Tezpur Lunatic Asylum reports 1895-1904 - 1895-1904
Year: 1895
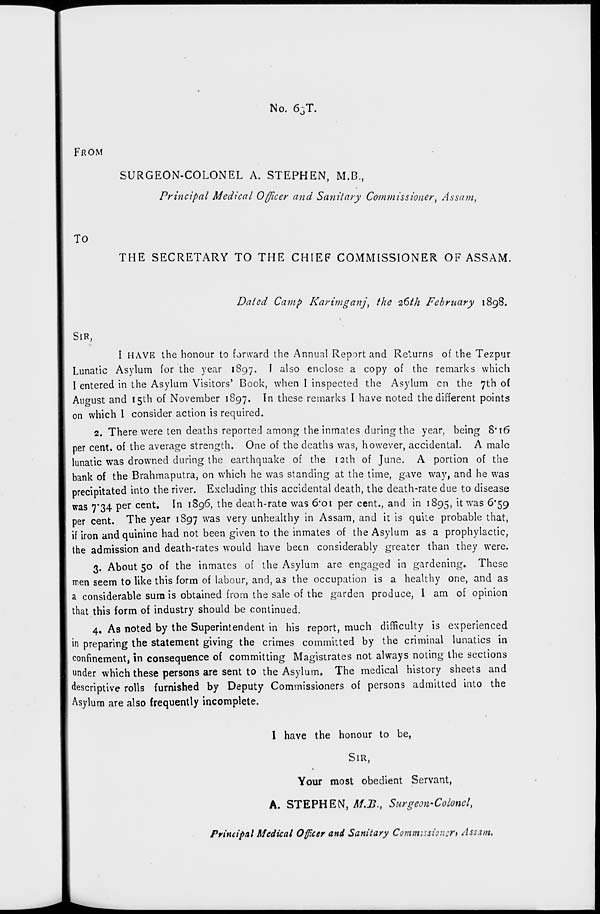
No. 63T.
FROM
To
SURGEON-COLONEL A. STEPHEN, M.B.,
Principal Medical Officer and Sanitary Commissioner, Assam,
THE SECRETARY TO THE CHIEF COMMISSIONER OF ASSAM.
Dated Camp Rarimganj, the 26th February 1898.
SIR,
I HAVE the honour to forward the Annual Report and Returns of the Tezpur
Lunatic Asylum for the year 1897. I also enclose a copy of the remarks which
I entered in the Asylum Visitors' Book, when I inspected the Asylum en the 7th of
August and 15th of November 1897. In these remarks I have noted the different points
on which 1 consider action is required.
2. There were ten deaths reported among the inmates during the year, being 8* 16
per cent, of the average strength. One of the deaths was, however, accidental. A male
lunatic was drowned during the earthquake of the 12th of June. A portion of the
bank of the Brahmaputra, on which he was standing at the time, gave way, and he was
precipitated into the river. Excluding this accidental death, the death-rate due to disease
was 7'34 per cent. In 1896, the death-rate was 6*oi per cent., and in 1895, it was 6*59
per cent. The year 1897 was very unhealthy in Assam, and it is quite probable that,
if iron and quinine had not been given to the inmates of the Asylum as a prophylactic,
the admission and death-rates would have been considerably greater than they were.
3. About 50 of the inmates of the Asylum are engaged in gardening. These
men seem to like this form of labour, and, as the occupation is a healthy one, and as
a considerable sura is obtained from the sale of the garden produce, I am of opinion
that this form of industry should be continued.
4. As noted by the Superintendent in his report, much difficulty is experienced
in preparing the statement giving the crimes committed by the criminal lunatics in
confinement, in consequence of committing Magistrates not always noting the sections
under which these persons are sent to the Asylum. The medical history sheets and
descriptive rolls furnished by Deputy Commissioners of persons admitted into the
Asylum are also frequently incomplete.
1 have the honour to be,
SIR,
Your most obedient Servant,
A. STEPHEN, M.B., Surgeon-Colonel,
Principal Medical Officer and Sanitary Commissioner* Assam*